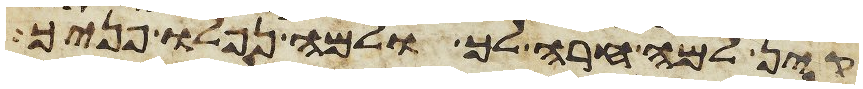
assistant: קין למה חרה לך ולמה נפלו פניך